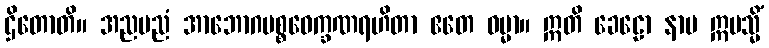
ဌိတောတိ။ အညမညံ အာဘောဂပစ္စဝေက္ခဏရဟိတာ ဧတေ ဓမ္မာ။ ဣတိ ခေဠော နာမ ဣမသ္မိံ